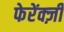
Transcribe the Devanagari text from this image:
फेरेंक्ज़ी